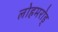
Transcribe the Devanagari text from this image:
लोहमरोड्